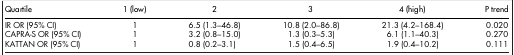
| Quartile | 1 (low) | 2 | 3 | 4 (high) | P trend |
 | --- | --- | --- | --- | --- | --- |
 | IR OR (95% CI) | 1 | 6.5 (1.3–46.8) | 10.8 (2.0–86.8) | 21.3 (4.2–168.4) | 0.020 |
 | CAPRA-S OR (95% CI) | 1 | 3.2 (0.8–15.0) | 1.3 (0.3–5.3) | 6.1 (1.1–40.3) | 0.270 |
 | KATTAN OR (95% CI) | 1 | 0.8 (0.2–3.1) | 1.5 (0.4–6.5) | 1.9 (0.4–10.2) | 0.111 |